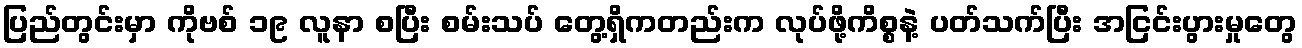
ပြည်တွင်းမှာ ကိုဗစ် ၁၉ လူနာ စပြီး စမ်းသပ် တွေ့ရှိကတည်းက လုပ်ဖို့ကိစ္စနဲ့ ပတ်သက်ပြီး အငြင်းပွားမှုတွေ